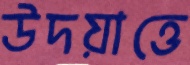
উদয়াত্তে